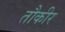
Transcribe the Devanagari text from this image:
तौकीर